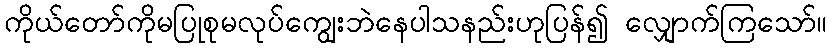
ကိုယ်တော်ကိုမပြုစုမလုပ်ကျွေးဘဲနေပါသနည်းဟုပြန်၍ လျှောက်ကြသော်။